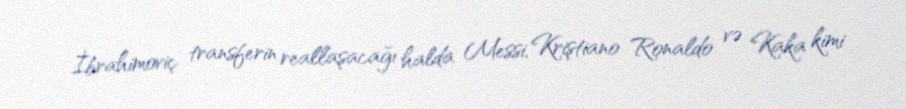
İbrahimoviç transferin reallaşacağı halda Messi, Kriştiano Ronaldo və Kaka kimi